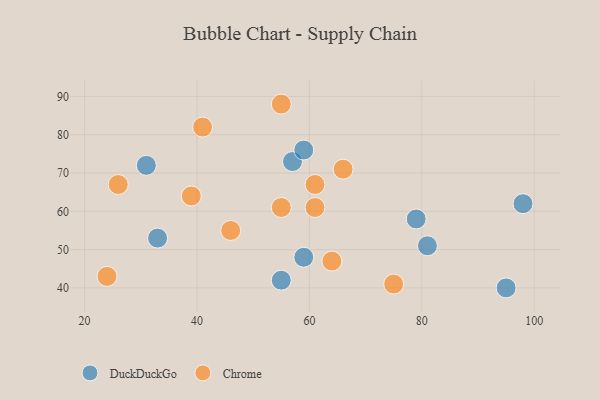
{"axis": {"x": "GDP", "y": "Life Expectancy"}, "legend": ["Chrome", "DuckDuckGo"], "data": [{"x": "98", "y": 62, "type": "DuckDuckGo"}, {"x": "59", "y": 48, "type": "DuckDuckGo"}, {"x": "79", "y": 58, "type": "DuckDuckGo"}, {"x": "81", "y": 51, "type": "DuckDuckGo"}, {"x": "57", "y": 73, "type": "DuckDuckGo"}, {"x": "33", "y": 53, "type": "DuckDuckGo"}, {"x": "59", "y": 76, "type": "DuckDuckGo"}, {"x": "95", "y": 40, "type": "DuckDuckGo"}, {"x": "31", "y": 72, "type": "DuckDuckGo"}, {"x": "55", "y": 42, "type": "DuckDuckGo"}, {"x": "24", "y": 43, "type": "Chrome"}, {"x": "66", "y": 71, "type": "Chrome"}, {"x": "46", "y": 55, "type": "Chrome"}, {"x": "75", "y": 41, "type": "Chrome"}, {"x": "61", "y": 67, "type": "Chrome"}, {"x": "26", "y": 67, "type": "Chrome"}, {"x": "55", "y": 88, "type": "Chrome"}, {"x": "61", "y": 61, "type": "Chrome"}, {"x": "39", "y": 64, "type": "Chrome"}, {"x": "55", "y": 61, "type": "Chrome"}, {"x": "64", "y": 47, "type": "Chrome"}, {"x": "41", "y": 82, "type": "Chrome"}]}